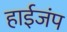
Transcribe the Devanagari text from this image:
हाईजंप